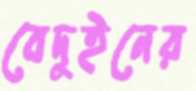
বেদুইনের